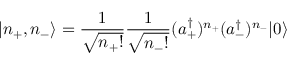
| n _ { + } , n _ { - } \rangle = \frac { 1 } { \sqrt { n _ { + } ! } } \frac { 1 } { \sqrt { n _ { - } ! } } ( a _ { + } ^ { \dagger } ) ^ { n _ { + } } ( a _ { - } ^ { \dagger } ) ^ { n _ { - } } | 0 \rangle